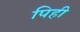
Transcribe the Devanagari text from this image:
पिही